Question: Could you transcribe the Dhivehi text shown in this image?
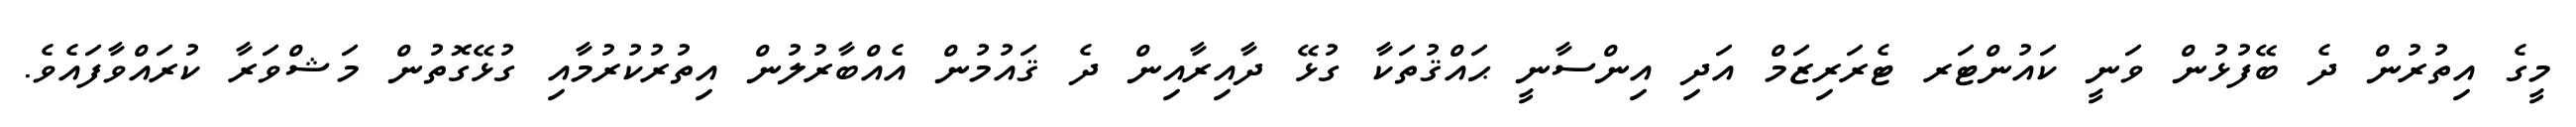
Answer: މީގެ އިތުރުން ދެ ބޭފުޅުން ވަނީ ކައުންޓަރ ޓެރަރިޒަމް އަދި އިންސާނީ ޙައްޤުތަކާ ގުޅޭ ދާއިރާއިން ދެ ޤައުމުން އެއްބާރުލުން އިތުރުކުރުމާއި ގުޅޭގޮތުން މަޝްވަރާ ކުރައްވާފައެވެ.